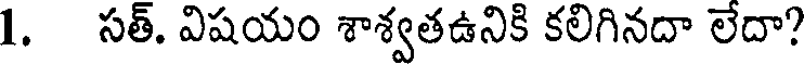
1. సత్. విషయం శాశ్వతఉనికి కలిగినదా లేదా?